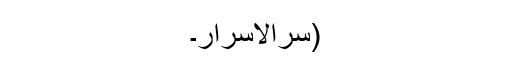
(سرالاسرار۔